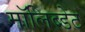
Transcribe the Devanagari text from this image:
मॉलिब्डेट